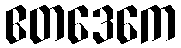
ဧတဒေကေ